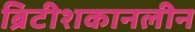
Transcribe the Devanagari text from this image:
ब्रिटीशकानलीन